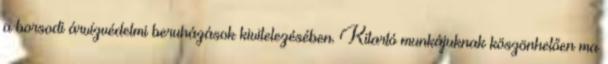
a borsodi árvízvédelmi beruházások kivitelezésében. Kitartó munkájuknak köszönhetően ma